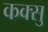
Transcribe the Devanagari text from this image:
कक्सु